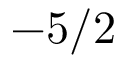
- 5 / 2